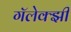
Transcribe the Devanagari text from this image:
गॅलेक्झी